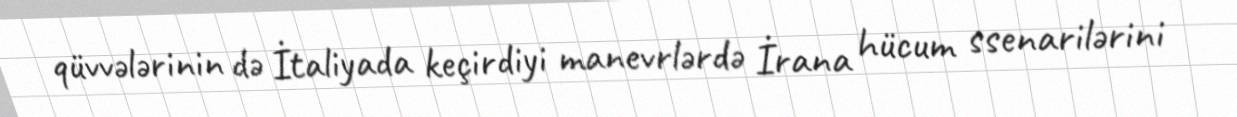
qüvvələrinin də İtaliyada keçirdiyi manevrlərdə İrana hücum ssenarilərini